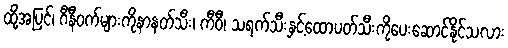
ထို့အပြင်၊ ဂီနီဝက်များကိုနာနတ်သီး၊ ကီဝီ၊ သရက်သီးနှင့်ထောပတ်သီးကိုပေးဆောင်နိုင်သလား